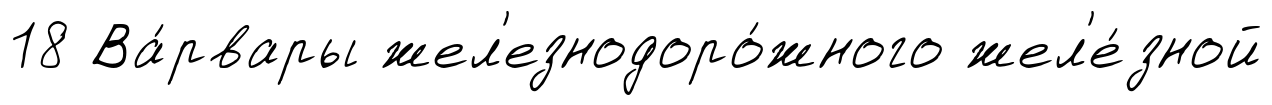
18 Ва́рвары жел'езнодоро́жного жел'е́зной